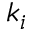
k _ { i }